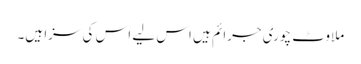
ملاوٹ چوری جرائم ہیں اس لیے اس کی سزا ہیں۔